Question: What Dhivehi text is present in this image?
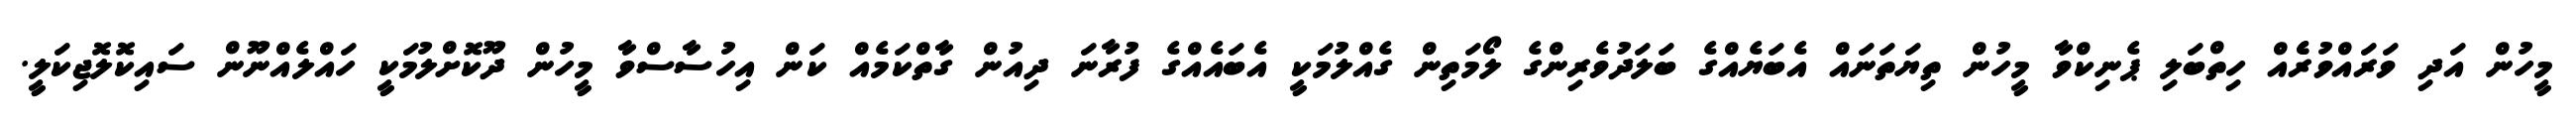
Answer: މީހުން އަދި ވަރައްވުރެެއް ހިތްބަލި ޕެނިކްވާ މީހުން ތިޔަތަނައް އެބަޔެއްގެ ބަލަދުވެރިންގެ ލޯމަތިން ގެއްލުމަކީ އެބައެއްގެ ފުރާނަ ދިއުން ގާތްކަމެއް ކަން އިހުސާސްވާ މީހުން ދޫކޮށްލުމަކީ ހައްލެއްނޫން ސައިކޮލޮޖިކަލީ.